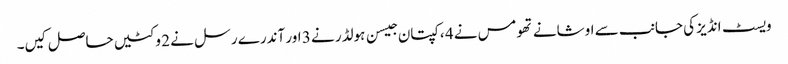
ویسٹ انڈیز کی جانب سے اوشانے تھومس نے 4 ، کپتان جیسن ہولڈر نے 3 اور آندرے رسل نے 2 وکٹیں حاصل کیں۔